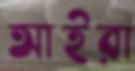
আইরা